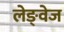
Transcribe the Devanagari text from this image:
लेङ्वेज